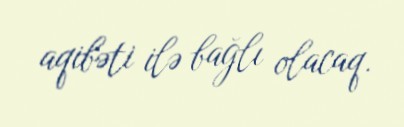
aqibəti ilə bağlı olacaq.